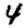
Digit: 4